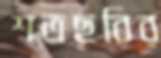
শতছবির